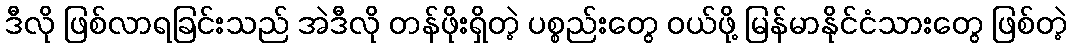
ဒီလို ဖြစ်လာရခြင်းသည် အဲဒီလို တန်ဖိုးရှိတဲ့ ပစ္စည်းတွေ ဝယ်ဖို့ မြန်မာနိုင်ငံသားတွေ ဖြစ်တဲ့